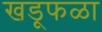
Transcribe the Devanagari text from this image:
खडूफळा